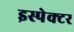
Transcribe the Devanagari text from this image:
इस्पेक्टर